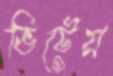
ভিটেয়